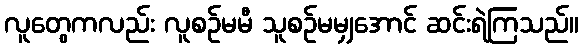
လူတွေကလည်း လူစဉ်မမီ သူစဉ်မမျှအောင် ဆင်းရဲကြသည်။